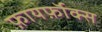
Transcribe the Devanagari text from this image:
फ़ायर्फ़ॉक्स